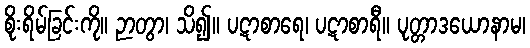
စိုးရိမ်ခြင်းကို။ ဉာတွာ၊ သိ၍။ ပဋာစာရေ၊ ပဋာစာရီ။ ပုတ္တာဒယောနာမ၊